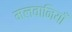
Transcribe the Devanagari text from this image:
मलवानियाँ